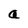
Character: a